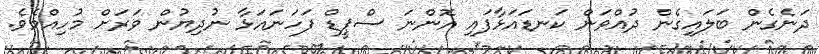
ދަނެގެން ބަލައިގެން ދުއްވަން ކަނޑައަޅާފައި އޮންނަ ސްޕީޑް ފަހަނައަޅާ ނުދިޔުން ވަރަށް މުހިއްމެވެ.